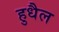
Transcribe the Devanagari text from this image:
हुधैल